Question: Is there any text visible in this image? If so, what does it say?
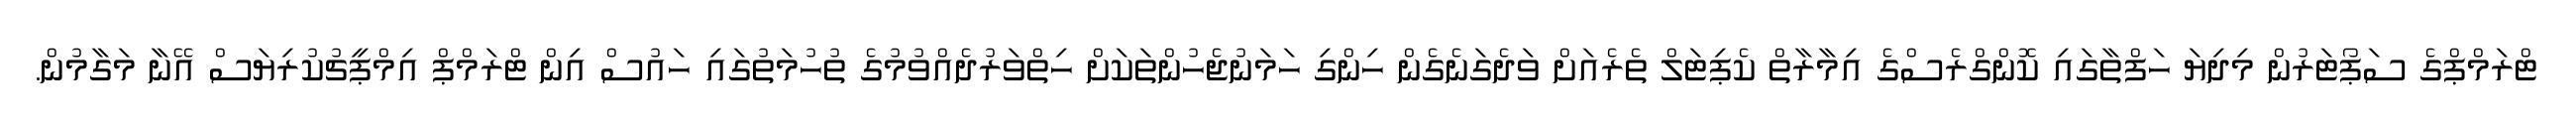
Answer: ޓްރަމްޕްގެ ސަޕޯޓަރުން މިދިޔަ ހަފްތާގައި ކޮންގްރެސްގެ އިމާރާތް ކެޕިޓަލް ތެރެއަށް ވަދެގަނެގެން ހިންގި ހަމަނުޖެހުންތަކަށް ހިތްވަރުދެއްވުމުގެ ތުހުމަތުގައި ހައުސް އިން ޓްރަމްޕް އިމްޕީޗުކުރިޔަސް އޭނާ މަގާމުން.